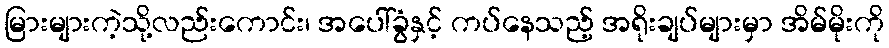
မြားများကဲ့သို့လည်းကောင်း၊ အပေါ်ခွံနှင့် ကပ်နေသည့် အရိုးချပ်များမှာ အိမ်မိုးကို